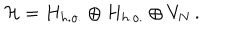
{ \cal H } = H _ { h . o . } \oplus H _ { h . o . } \oplus V _ { N } \, .